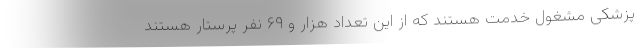
پزشکی مشغول خدمت هستند که از این تعداد هزار و ۶۹ نفر پرستار هستند